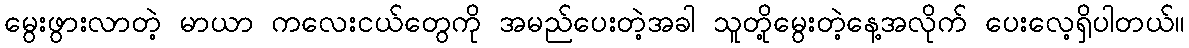
မွေးဖွားလာတဲ့ မာယာ ကလေးငယ်တွေကို အမည်ပေးတဲ့အခါ သူတို့မွေးတဲ့နေ့အလိုက် ပေးလေ့ရှိပါတယ်။